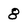
Character: 8